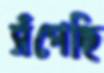
সঁপেছি